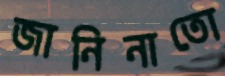
জানিনাতো